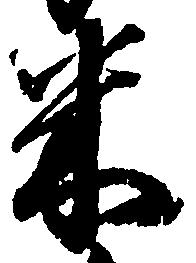
米